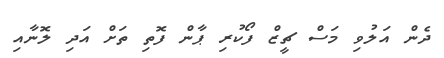
ދެން އަލުވި މަސް ޗީޒް ފޯކުރި ޕާން ފޮތި ތަށް އަދި ލޮނާއި